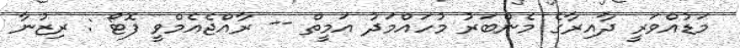
މަޑުއްވަރީ ދާއިރާގެ މެންބަރު މުހައްމަދު އަމީތް -- ރާއްޖެއެމްވީ ފޮޓޯ : ރިޒުނާ